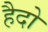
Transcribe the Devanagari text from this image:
हैदो